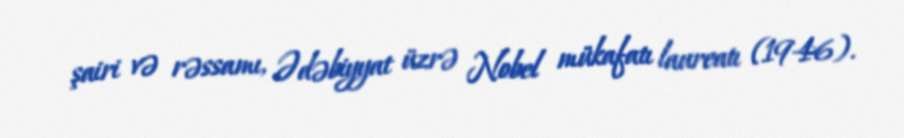
şairi və rəssamı, Ədəbiyyat üzrə Nobel mükafatı laureatı (1946).